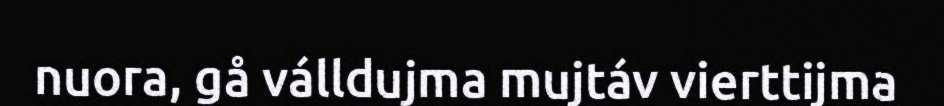
nuora, gå válldujma mujtáv vierttijma